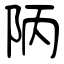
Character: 陃